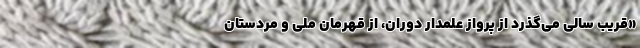
«قریب سالی می‌گذرد از پرواز علمدار دوران، از قهرمانِ ملی و مردستان